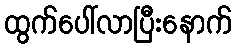
ထွက်ပေါ်လာပြီးနောက်